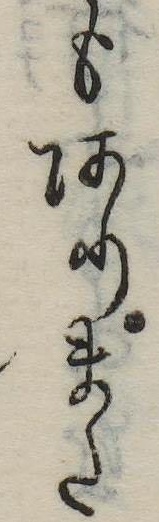
もありまた